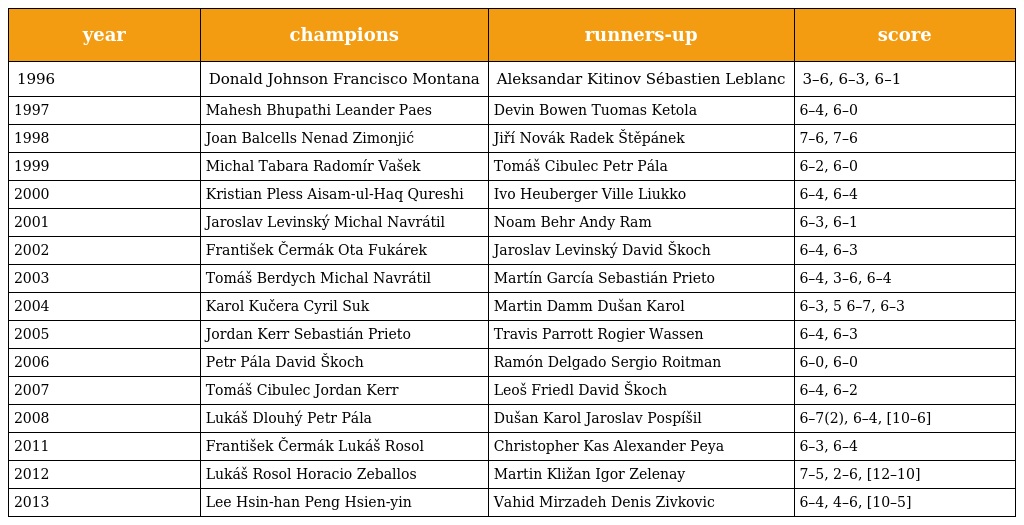
| year | champions | runners-up | score |
 | --- | --- | --- | --- |
 | 1996 | Donald Johnson Francisco Montana | Aleksandar Kitinov Sébastien Leblanc | 3–6, 6–3, 6–1 |
 | 1997 | Mahesh Bhupathi Leander Paes | Devin Bowen Tuomas Ketola | 6–4, 6–0 |
 | 1998 | Joan Balcells Nenad Zimonjić | Jiří Novák Radek Štěpánek | 7–6, 7–6 |
 | 1999 | Michal Tabara Radomír Vašek | Tomáš Cibulec Petr Pála | 6–2, 6–0 |
 | 2000 | Kristian Pless Aisam-ul-Haq Qureshi | Ivo Heuberger Ville Liukko | 6–4, 6–4 |
 | 2001 | Jaroslav Levinský Michal Navrátil | Noam Behr Andy Ram | 6–3, 6–1 |
 | 2002 | František Čermák Ota Fukárek | Jaroslav Levinský David Škoch | 6–4, 6–3 |
 | 2003 | Tomáš Berdych Michal Navrátil | Martín García Sebastián Prieto | 6–4, 3–6, 6–4 |
 | 2004 | Karol Kučera Cyril Suk | Martin Damm Dušan Karol | 6–3, 5 6–7, 6–3 |
 | 2005 | Jordan Kerr Sebastián Prieto | Travis Parrott Rogier Wassen | 6–4, 6–3 |
 | 2006 | Petr Pála David Škoch | Ramón Delgado Sergio Roitman | 6–0, 6–0 |
 | 2007 | Tomáš Cibulec Jordan Kerr | Leoš Friedl David Škoch | 6–4, 6–2 |
 | 2008 | Lukáš Dlouhý Petr Pála | Dušan Karol Jaroslav Pospíšil | 6–7(2), 6–4, [10–6] |
 | 2011 | František Čermák Lukáš Rosol | Christopher Kas Alexander Peya | 6–3, 6–4 |
 | 2012 | Lukáš Rosol Horacio Zeballos | Martin Kližan Igor Zelenay | 7–5, 2–6, [12–10] |
 | 2013 | Lee Hsin-han Peng Hsien-yin | Vahid Mirzadeh Denis Zivkovic | 6–4, 4–6, [10–5] |